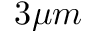
3 \mu m